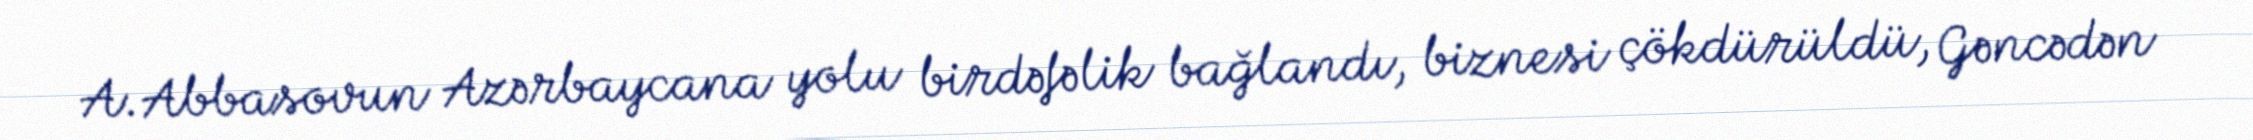
A.Abbasovun Azərbaycana yolu birdəfəlik bağlandı, biznesi çökdürüldü, Gəncədən